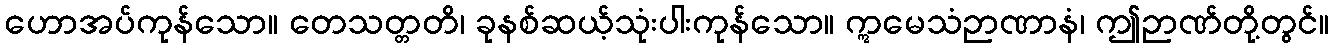
ဟောအပ်ကုန်သော။ တေသတ္တတိ၊ ခုနစ်ဆယ့်သုံးပါးကုန်သော။ ဣမေသံဉာဏာနံ၊ ဤဉာဏ်တို့တွင်။